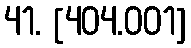
41. [404.001]